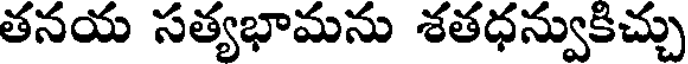
తనయ సత్యభామను శతధన్వుకిచ్చు